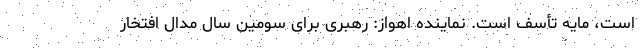
است، مایه تأسف است. نماینده اهواز: رهبری برای سومین سال مدال افتخار